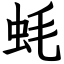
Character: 蚝